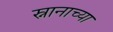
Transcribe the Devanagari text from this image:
स्नानाच्या